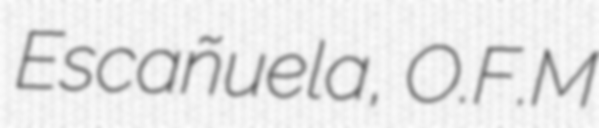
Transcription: Escañuela, O.F.M